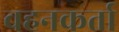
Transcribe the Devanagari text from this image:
वहनकर्ता